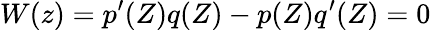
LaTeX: W(z)=p^{\prime}(Z)q(Z)-p(Z)q^{\prime}(Z)=0